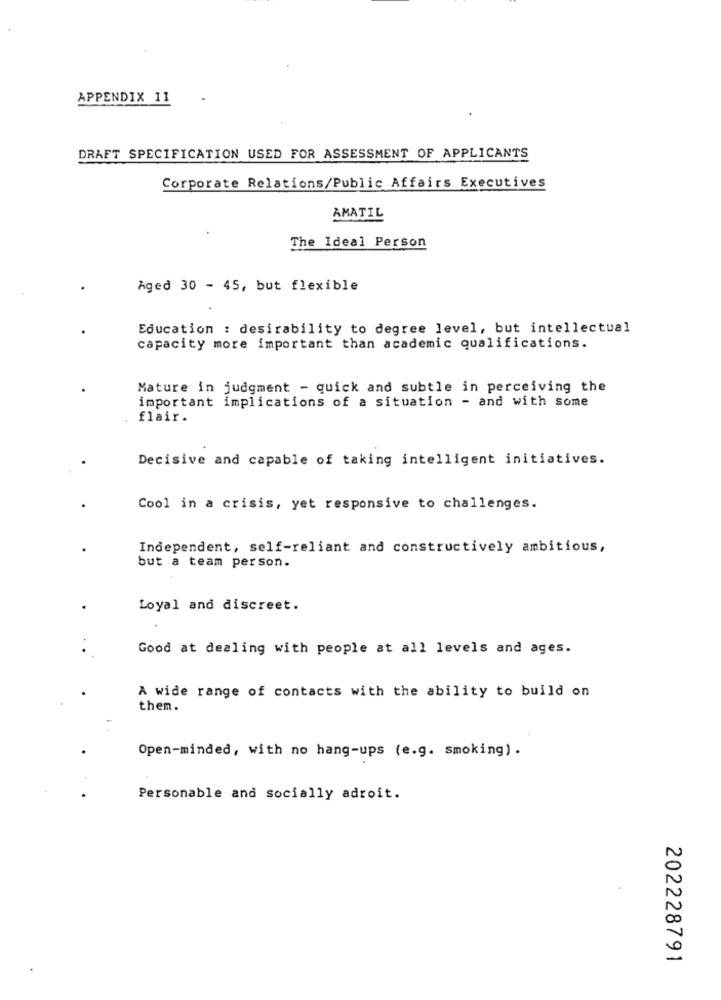
APPENDIX 11
DRAFT SPECIFICATION USED FOR ASSESSMENT OF APPLICANTS
Corporate Relations/Public Affairs Executives
AMATIL
The Ideal Person
Aged 30 - 45, but flexible
Education : desirability to degree level, but intellectual
capacity more important than academic qualifications.
Mature in judgment - quick and subtle in perceiving the
important implications of a situation - and with some
flair.
Decisive and capable of taking intelligent initiatives.
Cool in a crisis, yet responsive to challenges.
Independent, self-reliant and constructively ambitious,
but a team person.
Loyal and discreet.
Good at dealing with people at all levels and ages.
A wide range of contacts with the ability to build on
them.
Open-minded, with no hang-ups (e.g. smoking) .
Personable and socially adroit.
N
20
202228791